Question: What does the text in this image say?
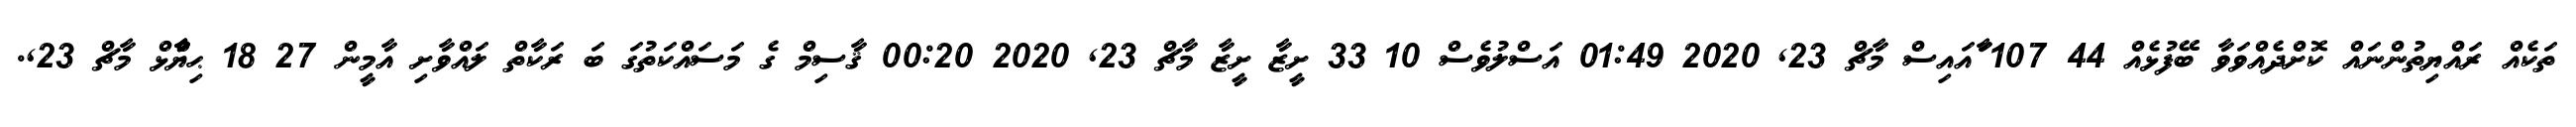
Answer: ތަކެއް ރައްޔިތުންނައް ކޮށްދެއްވަވާ ބޭފުޅެއް 44 107 ާައައިސް މާޗް 23, 2020 01:49 އަސްލުވެސް 10 33 ށީޒާ ށީޒާ މާޗް 23, 2020 00:20 ޤާސިމް ގެ މަސައްކަތުގަ ބަ ރަކާތް ލައްވާށި އާމީން 27 18 ޙިޔާާްްޅް މާޗް 23,.